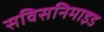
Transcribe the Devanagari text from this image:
सविसनिमाइड